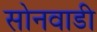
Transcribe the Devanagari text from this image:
सोनवाडी